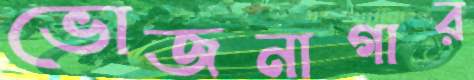
ভোজনাগার